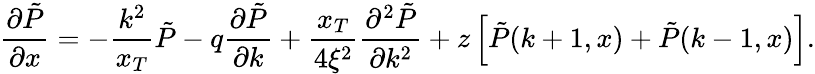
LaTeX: \frac{\partial\tilde{P}}{\partial x}=-\frac{k^{2}}{x_{T}}\tilde{P}-q\frac{\partial\tilde{P}}{\partial k}+\frac{x_{T}}{4\xi^{2}}\frac{\partial^{2}\tilde{P}}{\partial k^{2}}+z\left[\tilde{P}(k+1,x)+\tilde{P}(k-1,x)\right].